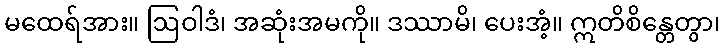
မထေရ်အား။ ဩဝါဒံ၊ အဆုံးအမကို။ ဒဿာမိ၊ ပေးအံ့။ ဣတိစိန္တေတွာ၊